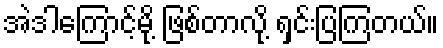
အဲဒါကြောင့်မို့ ဖြစ်တာလို့ ရှင်းပြကြတယ်။